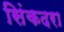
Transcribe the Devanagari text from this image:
सिंकदरा